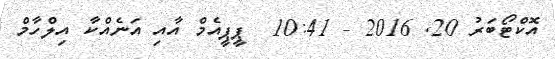
އޮކްޓޯބަރު 20